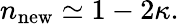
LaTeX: n_{\mathrm{new}}\simeq 1-2\kappa.